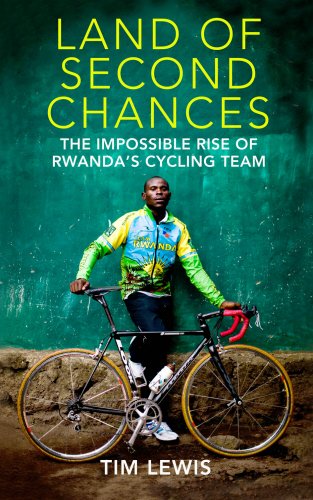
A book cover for Land of Second Chances: The Impossible Rise of Rwanda's Cycling Team; Tim Lewis; Travel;